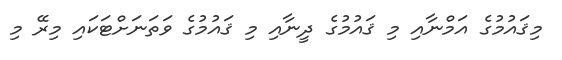
މިޤައުމުގެ އަމްނާއި މި ޤައުމުގެ ދީނާއި މި ޤައުމުގެ ވަތަނަށްޓަކައި މިރޭ މި